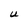
Character: U